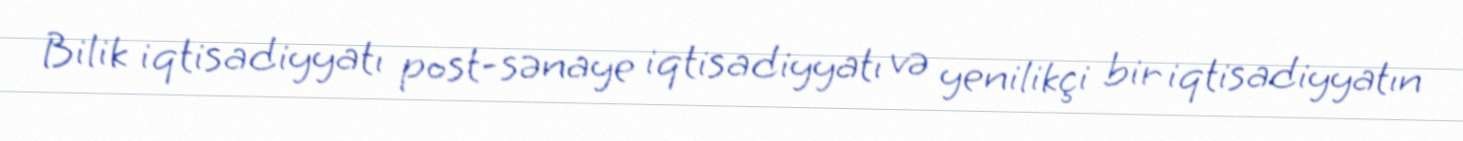
Bilik iqtisadiyyatı post-sənaye iqtisadiyyatı və yenilikçi bir iqtisadiyyatın